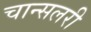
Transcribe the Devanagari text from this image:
चान्सलरी